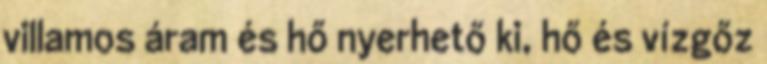
villamos áram és hő nyerhető ki, hő és vízgőz